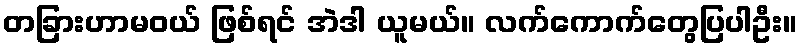
တခြားဟာမဝယ် ဖြစ်ရင် အဲဒါ ယူမယ်။ လက်ကောက်တွေပြပါဦး။